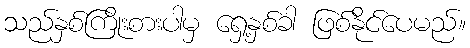
သည်နှစ်ကြိုးစားပါမှ ရှေ့နှစ်ခါ ဖြစ်နိုင်ပေမည်။